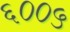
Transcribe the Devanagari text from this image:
६००५